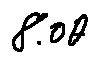
8 . 0 \theta